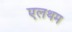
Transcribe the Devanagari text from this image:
एलथम